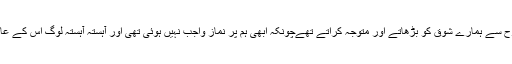
آپ اس طرح سے ہمارے شوق کو بڑھاتے اور متوجہ کراتے تھےچونکہ ابھی ہم پر نماز واجب نہیں ہوئی تھی اور آہستہ آہستہ لوگ اس کے عادی ہوگئے۔